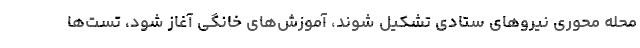
محله محوری نیروهای ستادی تشکیل شوند، آموزش‌های خانگی آغاز شود، تست‌ها